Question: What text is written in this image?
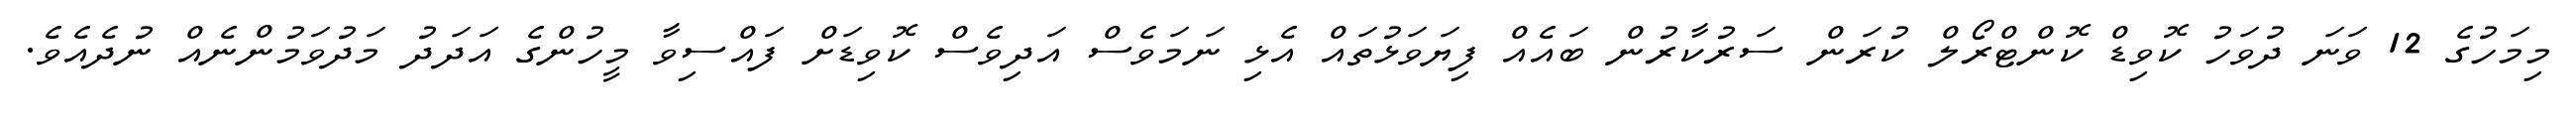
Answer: މިމަހުގެ 12 ވަނަ ދުވަހު ކޮވިޑް ކޮންޓްރޯލް ކުރަން ސަރުކާރުން ބައެއް ފިޔަވަޅުތައް އެޅި ނަމަވެސް އަދިވެސް ކޮވިޑަށް ފައްސިވާ މީހުންގެ އަދަދު މަދުވަމުންނެއް ނުދެއެވެ.